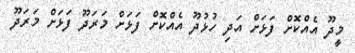
މީދޫ އެއްކޮށް ފަޅަށް އަދި ހުޅުދޫ އެއްކޮށް ފަޅަށް މަރަދޫ ފަޅަށް މަރަދޫ